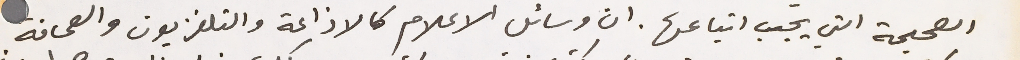
الصحيحة التي يجب اتباعها. ان وسائل الاعلام كالاذاعة والتلفزيون والصحافة